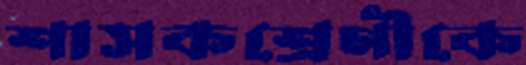
শাসকশ্রেণীকে